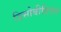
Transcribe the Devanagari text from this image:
डिसोबीडिएंस